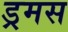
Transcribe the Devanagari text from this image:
ड्रमस